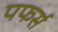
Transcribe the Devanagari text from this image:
पफर्स